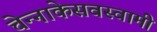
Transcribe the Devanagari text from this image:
चेन्‍नाकेसवस्‍वामी